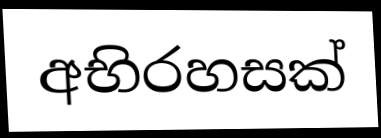
අභිරහසක්